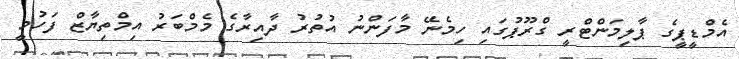
އެމްޑީޕީގެ ޕާލިމަންޓްރީ ގްރޫޕުގައި ހިމެނޭ މާފަންނު އުތުރު ދާއިރާގެ މެމްބަރު އިމްތިޔާޒް ފަހުމީ